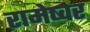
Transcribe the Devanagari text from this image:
रामेष्वर